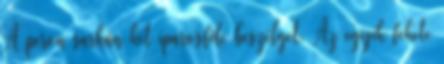
A peron sarkán két iparosféle beszélget. Az egyik fekete